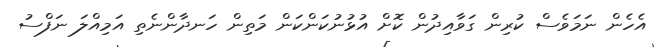
އެހެން ނަމަވެސް ކުރިން ގަވާއިދުން ކޮށް އުޅުނުކަންކަން މަތިން ހަނދާންނެތި އަމިއްލަ ނަފްސު